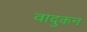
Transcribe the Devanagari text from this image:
वादुकन